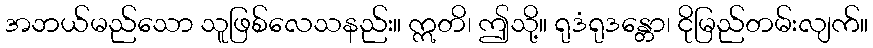
အဘယ်မည်သော သူဖြစ်လေသနည်း။ ဣတိ၊ ဤသို့။ ရုဒံရုဒန္တော၊ ငိုမြည်တမ်းလျက်။